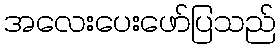
အလေးပေးဖော်ပြသည်